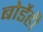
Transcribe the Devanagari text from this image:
बोर्डेही